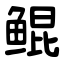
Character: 鲲